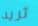
تريد